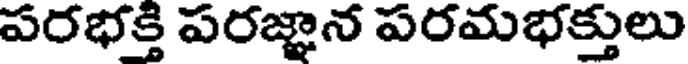
పరభక్తి పరజ్ఞాన పరమభక్తులు